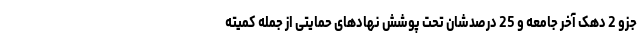
جزو 2 دهک آخر جامعه و 25 درصدشان تحت پوشش نهادهای حمایتی از جمله کمیته